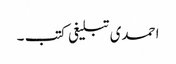
احمدی تبلیغی کتب ۔